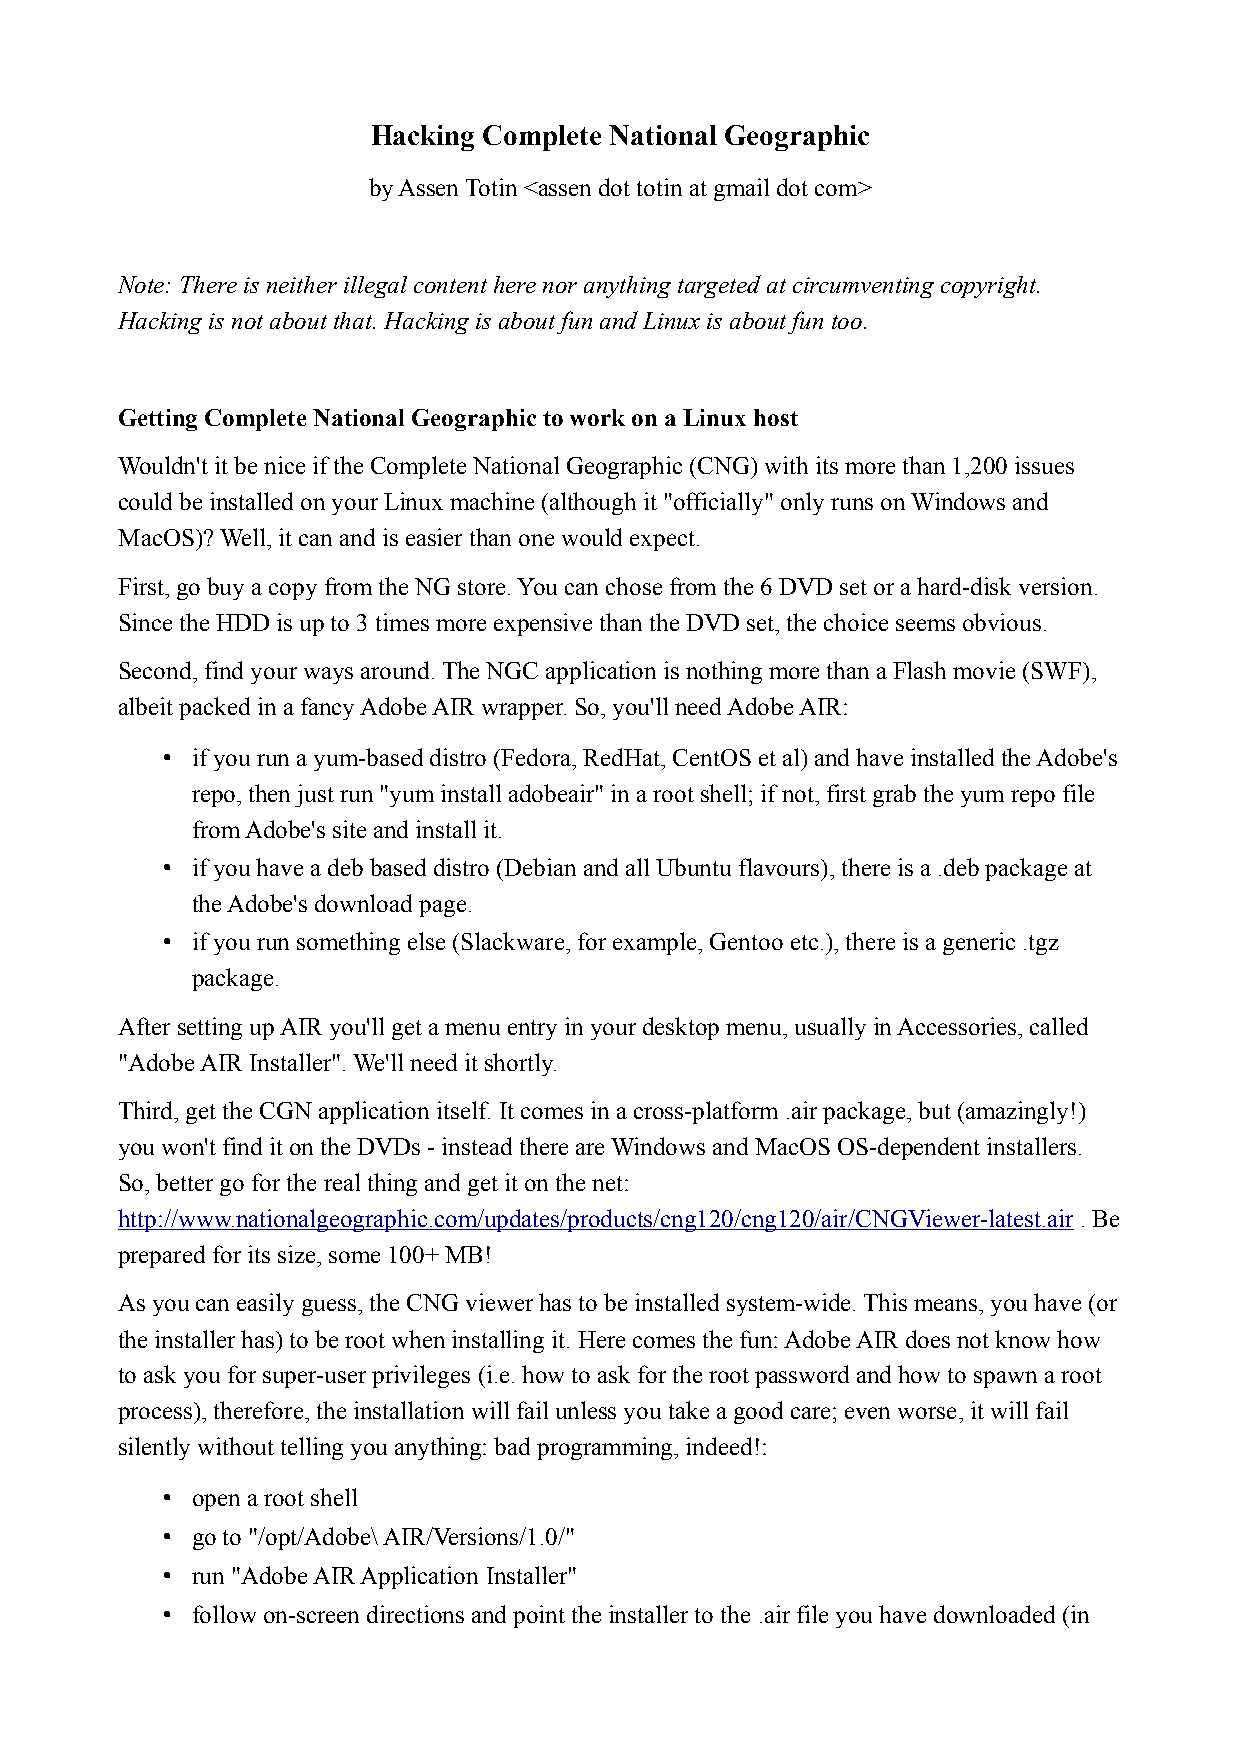
Hacking Complete National Geographic
 by Assen Totin <assen dot totin at gmail dot com>
 Note: There is neither illegal content here nor anything targeted at circumventing copyright.
 Hacking is not about that. Hacking is about fun and Linux is about fun too.
 Getting Complete National Geographic to work on a Linux host
 Wouldn't it be nice if the Complete National Geographic (CNG) with its more than 1,200 issues
 could be installed on your Linux machine (although it "officially" only runs on Windows and
 MacOS)? Well, it can and is easier than one would expect.
 First, go buy a copy from the NG store. You can chose from the 6 DVD set or a hard-disk version.
 Since the HDD is up to 3 times more expensive than the DVD set, the choice seems obvious.
 Second, find your ways around. The NGC application is nothing more than a Flash movie (SWF),
 albeit packed in a fancy Adobe AIR wrapper. So, you'll need Adobe AIR:
 • if you run a yum-based distro (Fedora, RedHat, CentOS et al) and have installed the Adobe's
 repo, then just run "yum install adobeair" in a root shell; if not, first grab the yum repo file
 from Adobe's site and install it.
 • if you have a deb based distro (Debian and all Ubuntu flavours), there is a .deb package at
 the Adobe's download page.
 • if you run something else (Slackware, for example, Gentoo etc.), there is a generic .tgz
 package.
 After setting up AIR you'll get a menu entry in your desktop menu, usually in Accessories, called
 "Adobe AIR Installer". We'll need it shortly.
 Third, get the CGN application itself. It comes in a cross-platform .air package, but (amazingly!)
 you won't find it on the DVDs - instead there are Windows and MacOS OS-dependent installers.
 So, better go for the real thing and get it on the net:
 http://www.nationalgeographic.com/updates/products/cng120/cng120/air/CNGViewer-latest.air . Be
 prepared for its size, some 100+ MB!
 As you can easily guess, the CNG viewer has to be installed system-wide. This means, you have (or
 the installer has) to be root when installing it. Here comes the fun: Adobe AIR does not know how
 to ask you for super-user privileges (i.e. how to ask for the root password and how to spawn a root
 process), therefore, the installation will fail unless you take a good care; even worse, it will fail
 silently without telling you anything: bad programming, indeed!:
 • open a root shell
 • go to "/opt/Adobe\ AIR/Versions/1.0/"
 • run "Adobe AIR Application Installer"
 • follow on-screen directions and point the installer to the .air file you have downloaded (in